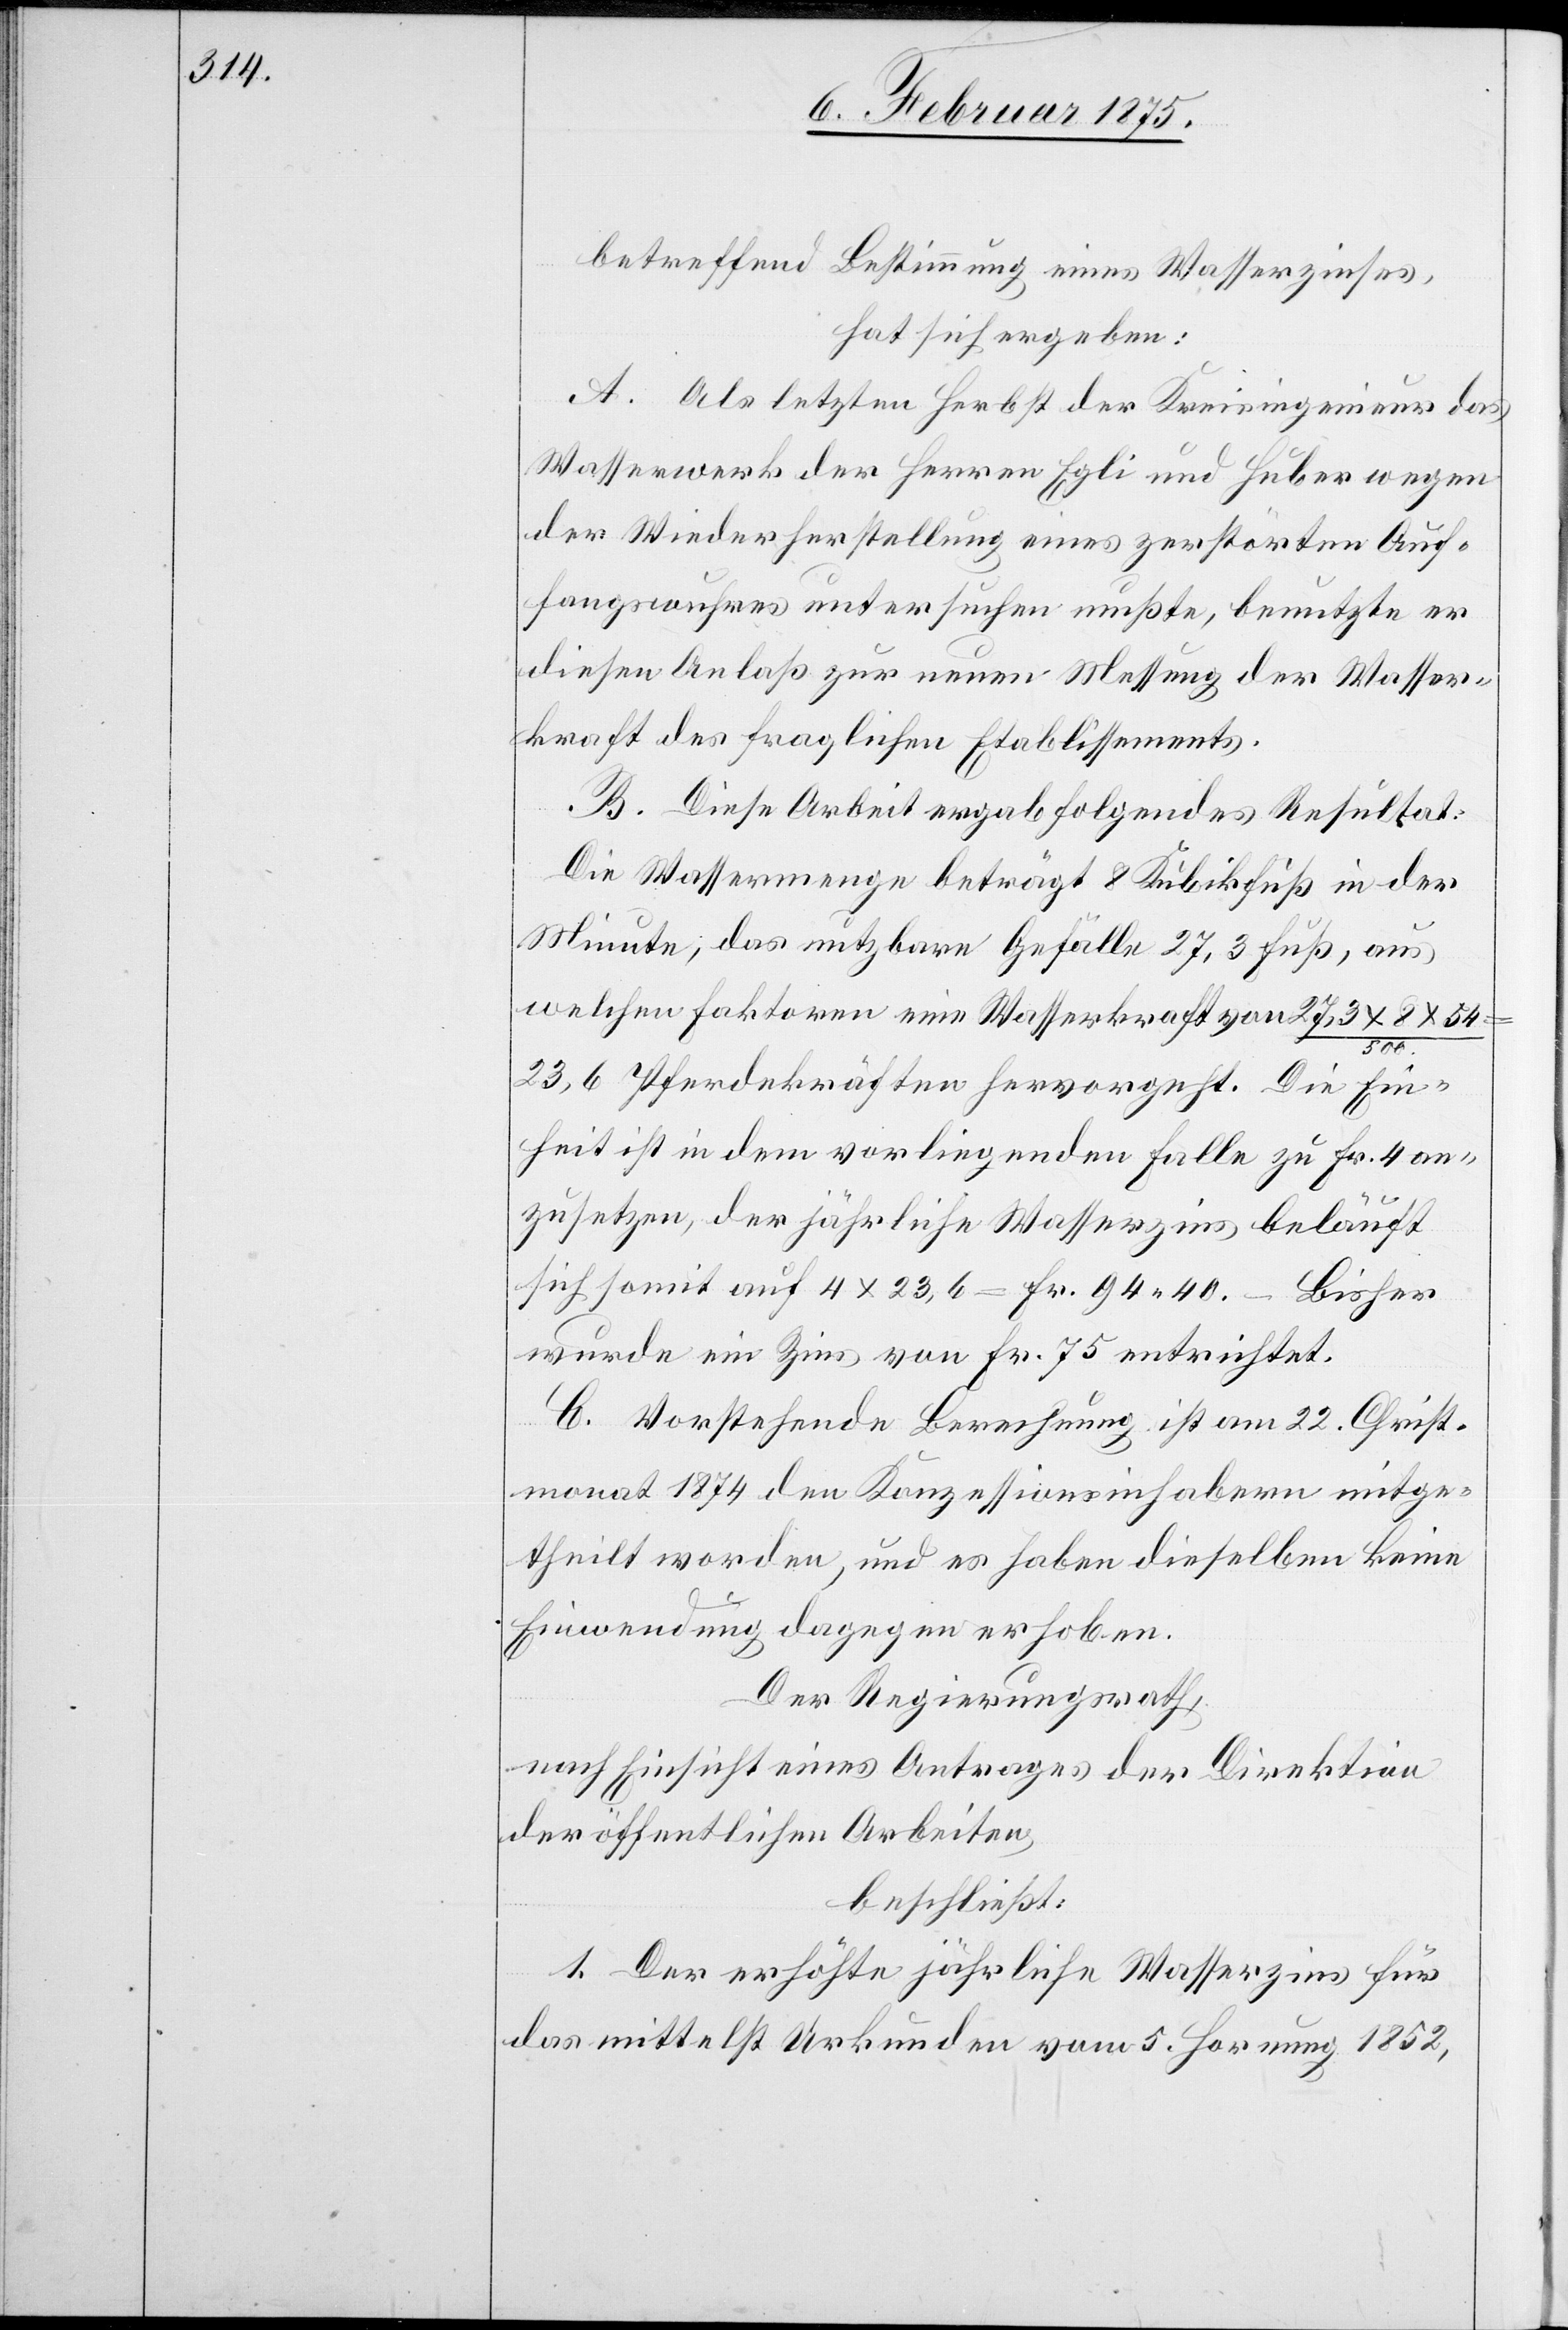
betreffend Bestimmung eines Wasserzinses,
hat sich ergeben:
A. Als letzten Herbst der Kreisingenieur das
Wasserwerk der Herren Egli und Huber wegen
der Wiederherstellung eines zerstörten Auf¬
fangswuhres untersuchen mußte, benutzte er
diesen Anlaß zur neuen Messung der Wasser¬
kraft des fraglichen Etablissements.
B. Diese Arbeit ergab folgendes Resultat:
Die Wassermenge beträgt 8 Kubikfuß in der
Minute; das nutzbare Gefälle 27,3 Fuß, aus
welchen Faktoren eine Wasserkraft von 27,3 x 8 x 54
23,6 Pferdekräften hervorgeht. Die Ein¬
heit ist in dem vorliegenden Falle zu Fr. 4 an¬
zusetzen, der jährliche Wasserzins beläuft
sich somit auf 4 x 23,6 = Fr. 94. 40. – Bisher
wurde ein Zins von Fr. 75 entrichtet.
C. Vorstehende Berechnung ist am 22. Christ¬
monat 1874 den Konzessionsinhabern mitge¬
theilt worden, und es haben dieselben keine
Einwendung dagegen erhoben.
Der Regierungsrath,
nach Einsicht eines Antrages der Direktion
der öffentlichen Arbeiten,
beschließt:
1. Der erhöhte jährliche Wasserzins für
das mittelst Urkunden vom 5. Hornung 1852,